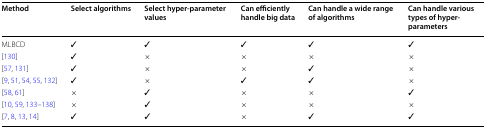
| Method | Select algorithms | Select hyper-parameter values | Can efficiently handle big data | Can handle a wide range of algorithms | Can handle various types of hyper-parameters |
 | --- | --- | --- | --- | --- | --- |
 | MLBCD | ✓ | ✓ | ✓ | ✓ | ✓ |
 | [130] | ✓ | × | × | × | × |
 | [57, 131] | ✓ | × | × | ✓ | × |
 | [9, 51, 54, 55, 132] | ✓ | × | ✓ | ✓ | × |
 | [58, 61] | × | ✓ | × | × | ✓ |
 | [10, 59, 133–138] | × | ✓ | × | × | × |
 | [7, 8, 13, 14] | ✓ | ✓ | × | ✓ | ✓ |